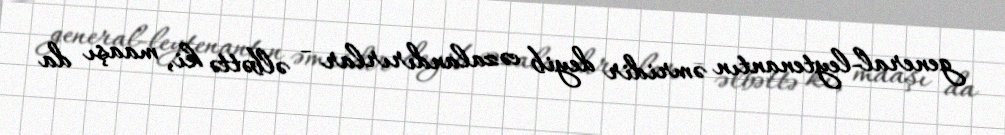
general-leytenantın əmridir deyib cəzalandırırlar - əlbəttə ki, maaşı da